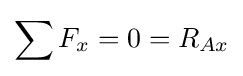
\sum F_{x}=0=R_{Ax}